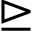
\trianglerighteq